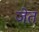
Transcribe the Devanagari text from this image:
जेत